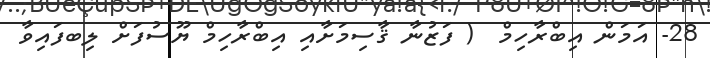
28- އަމަން އިބްރާހިމް  ( ފަޒުނާ ޤާސިމަށާއި އިބްރާހިމް ޔޫސުފަށް ލިބފައިވާ